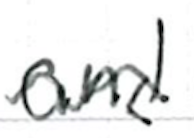
Text: and
Cross-out: wave
Writing tool: ballpoint